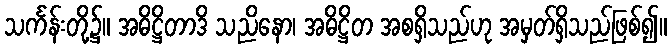
သင်္ကန်းတို့၌။ အဓိဋ္ဌိတာဒိ သညိနော၊ အဓိဋ္ဌိတ အစရှိသည်ဟု အမှတ်ရှိသည်ဖြစ်၍။